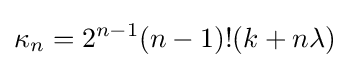
\kappa _{n}=2^{n-1}(n-1)!(k+n\lambda )